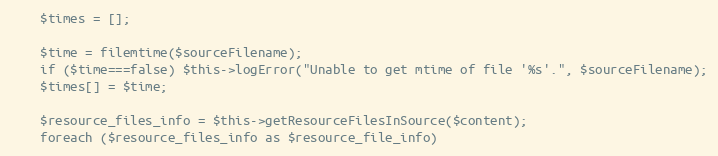
Language: PHP
    $times = [];

    $time = filemtime($sourceFilename);
    if ($time===false) $this->logError("Unable to get mtime of file '%s'.", $sourceFilename);
    $times[] = $time;

    $resource_files_info = $this->getResourceFilesInSource($content);
    foreach ($resource_files_info as $resource_file_info)